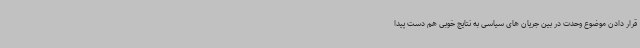
قرار دادن موضوع وحدت در بین جریان های سیاسی به نتایج خوبی هم دست پیدا